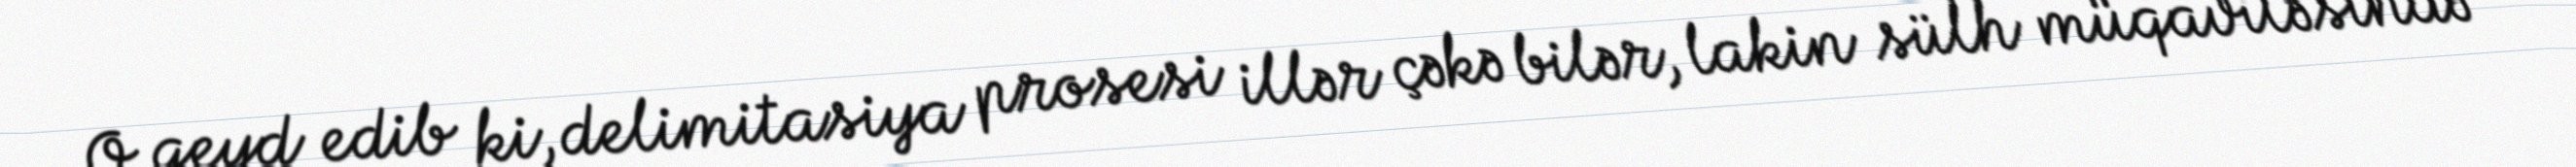
O qeyd edib ki, delimitasiya prosesi illər çəkə bilər, lakin sülh müqaviləsində